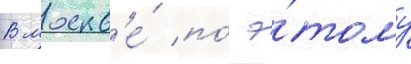
В москв'е́ по́ э́тому